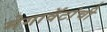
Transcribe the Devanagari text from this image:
मेगावॅटांची